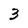
Character: 3